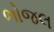
ભોજલ